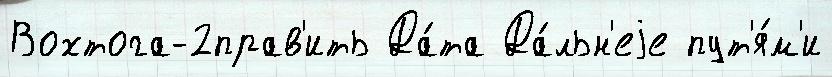
Вохтога-2прав'ить Да́та Да́льн'еjе пут'я́м'и